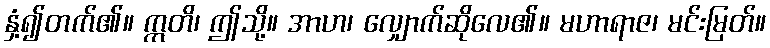
နှံ့၍တက်၏။ ဣတိ၊ ဤသို့။ အာဟ၊ လျှောက်ဆိုလေ၏။ မဟာရာဇ၊ မင်းမြတ်။